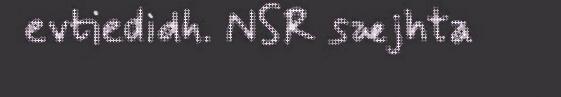
evtiedidh. NSR sæjhta